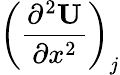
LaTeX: \left(\frac{\partial^{2}\mathbf{U}}{\partial x^{2}}\right)_{j}